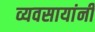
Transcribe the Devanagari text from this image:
व्यवसायांनी